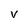
Character: V